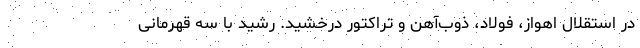
در استقلال اهواز، فولاد، ذوب‌آهن و تراکتور درخشید. رشید با سه قهرمانی